Riigikantselei, lk 93
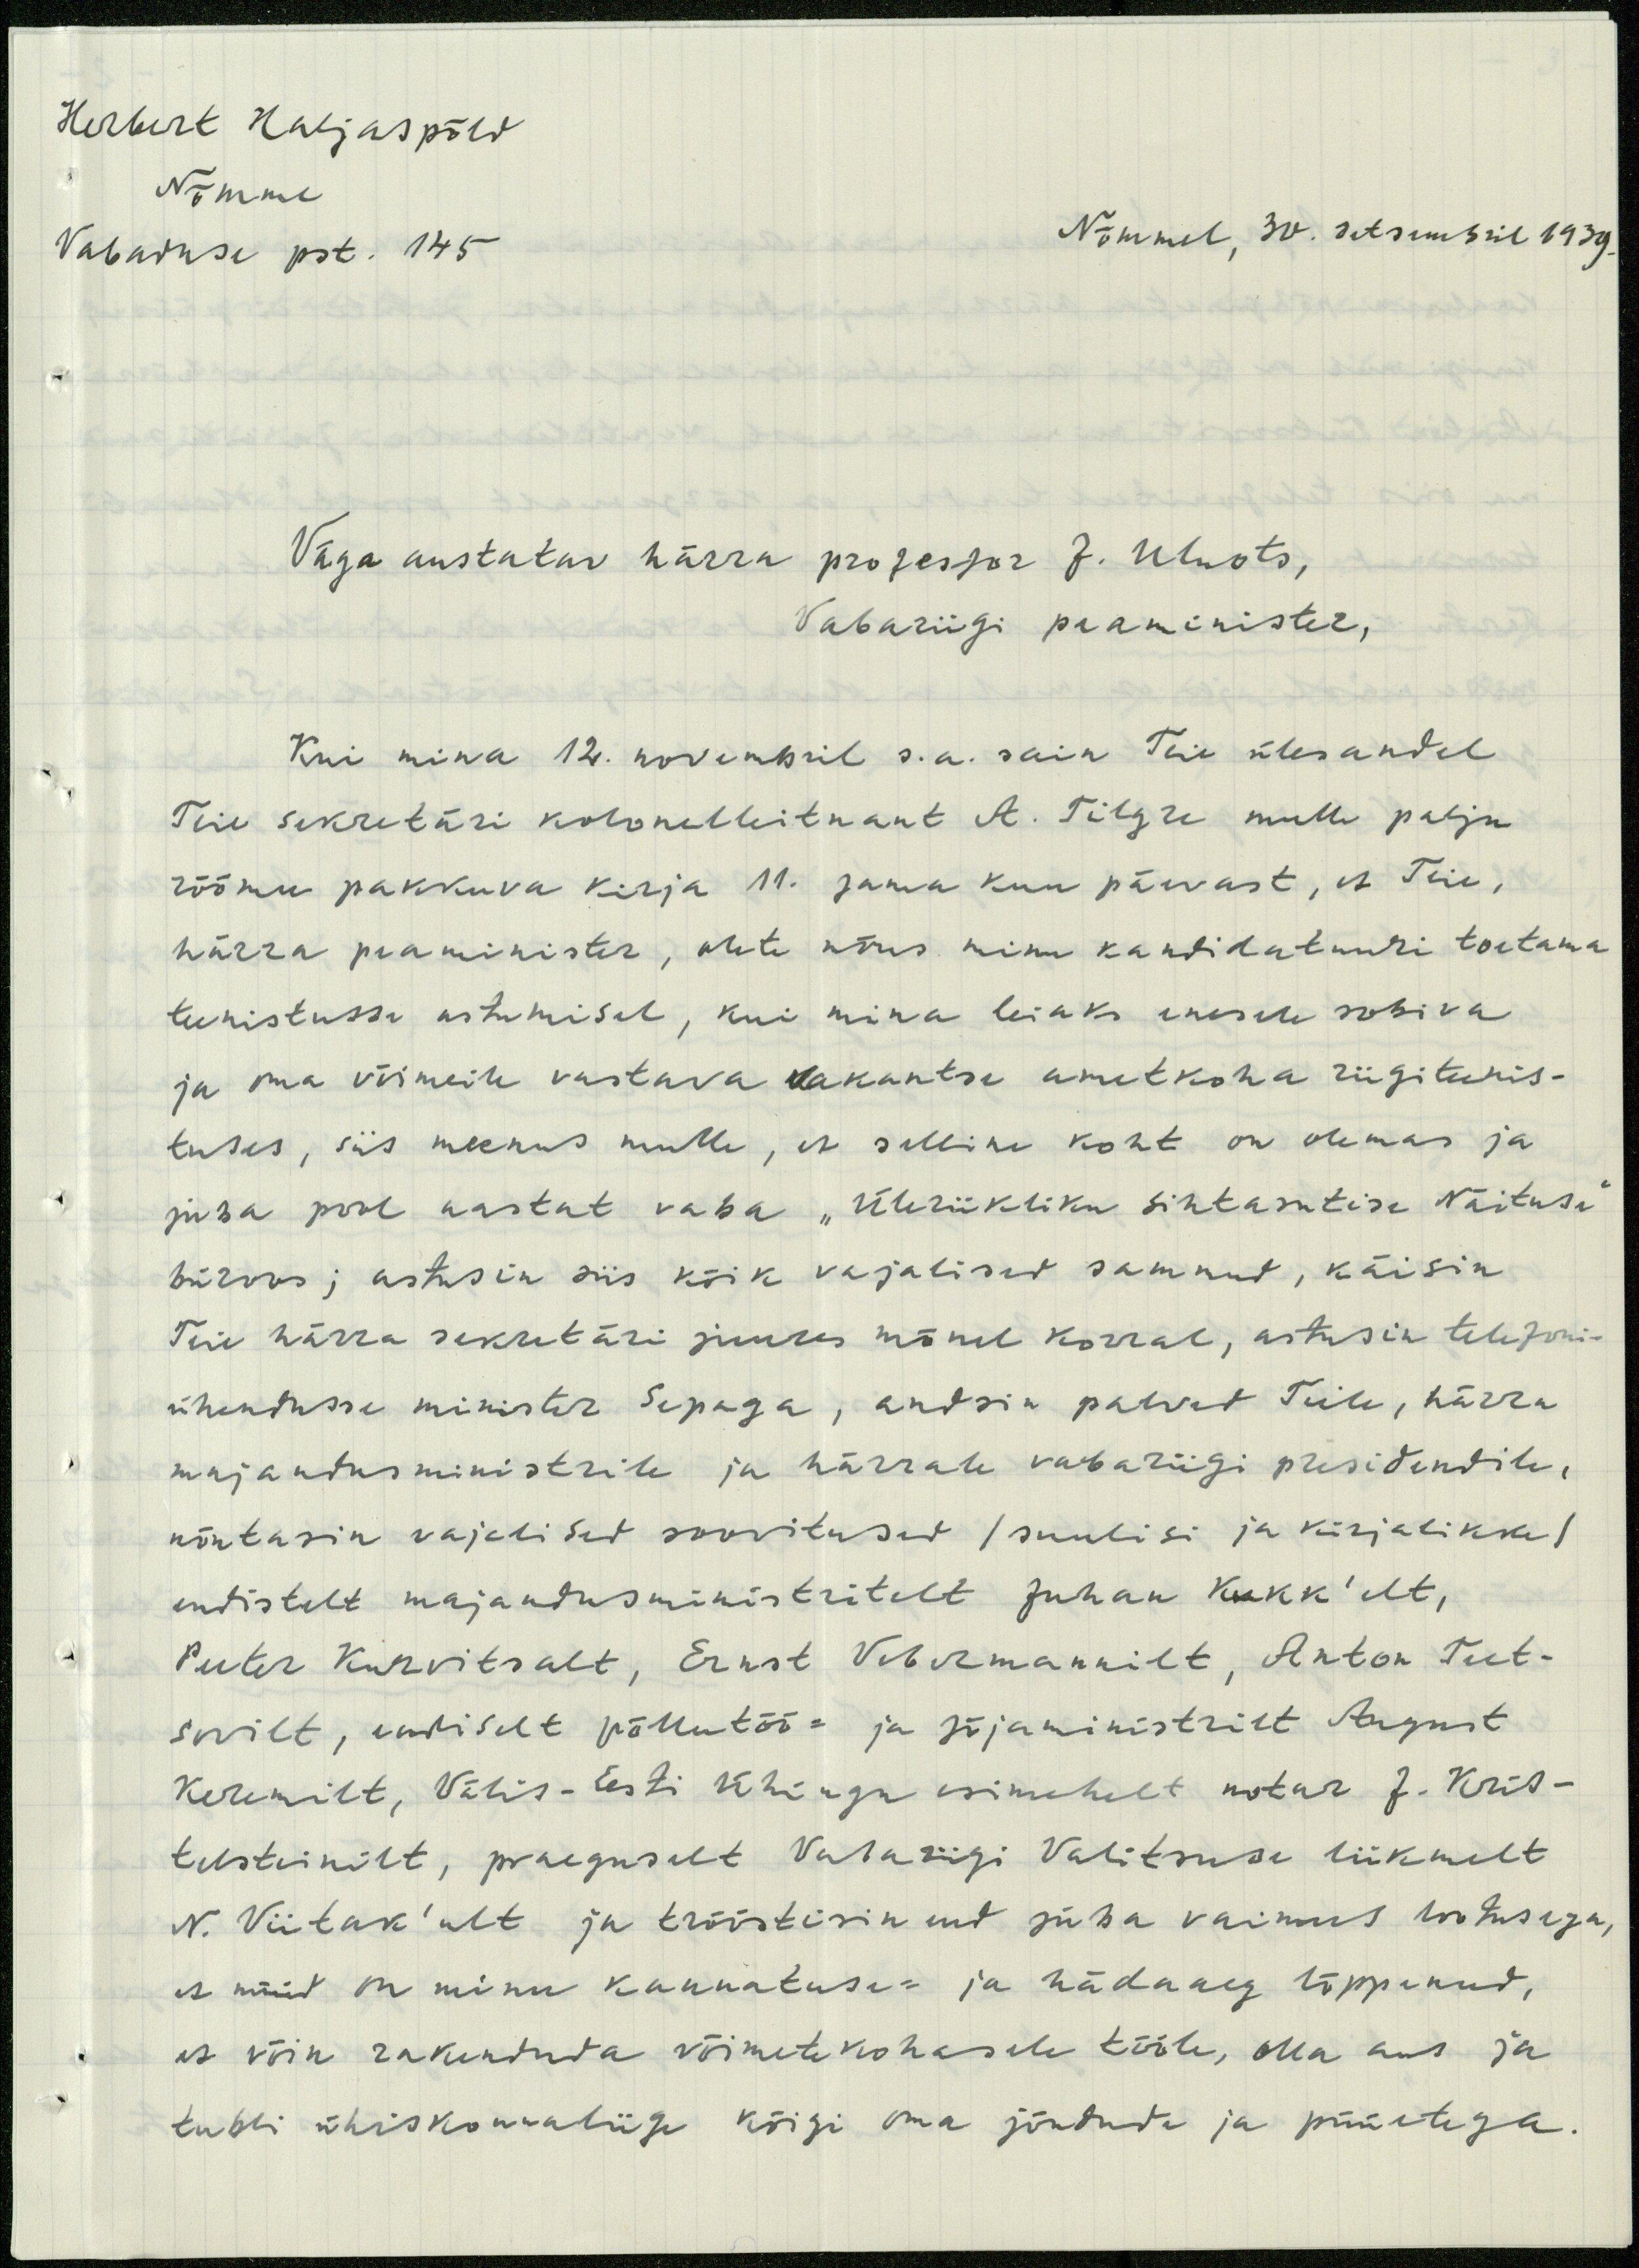
Herbert Haljaspõld
Nõmme
Vabaduse pst. 145
Nõmmel, 30. detsembril 1939.
Väga austatav härra professor J. Uluots,
Vabariigi peaminister,
Kui mina 12. novembril s.a. sain Teie ülesandel
Teie sekretäri kolonelleitnant A. Tilgre mulle palju
rõõmu pakkuva kirja 11. sama kuu päevast, et Teie,
härra praaminister, olete nõus minu kandidatuuri toetama
teenistusse astumisel, kui mina leiaks enesele sobiva
ja oma võimeile vastava vakantse ametkoha riigieenis-
tuses, siis meenus mulle, et selline koht on olemas ja
juba pool aastat vaba "Üleriikliku sihtasutise Näituse"
büroos; astusin siis kõik vajalised samnud, käisin
Teie härra sekretäri juures mõnel korral, astusin telefoni-
ühendusse minister Sepaga, andsin palved Teile, härra
majandusministrile ja härrale vabariigi presidendile,
nõutasin vajelised soovitused /suulisi ja kirjalikke/
endistelt majandusministritelt Juhan Kukk'elt,
Peeter Kurvitsalt, Ernst Vebermannilt, Anton Teet-
sovilt, endiselt põllutöö- ja sõjaministrit August
Keremilt, Välis-Eesti ühingu esimehelt notar J. Kris-
telsteinilt, praeguselt Vabarigi Valitsuse liikmelt
N. Viitak'ult ja trööstisin end juda vaimus lootusega,
et nüüd on minu kannatuse- ja hädaaeg lõppenud,
et võin rakendada võimetekohasele tööle, olla aus ja
tubli ühiskonnaliige kõigi oma jõudude ja püüetega.